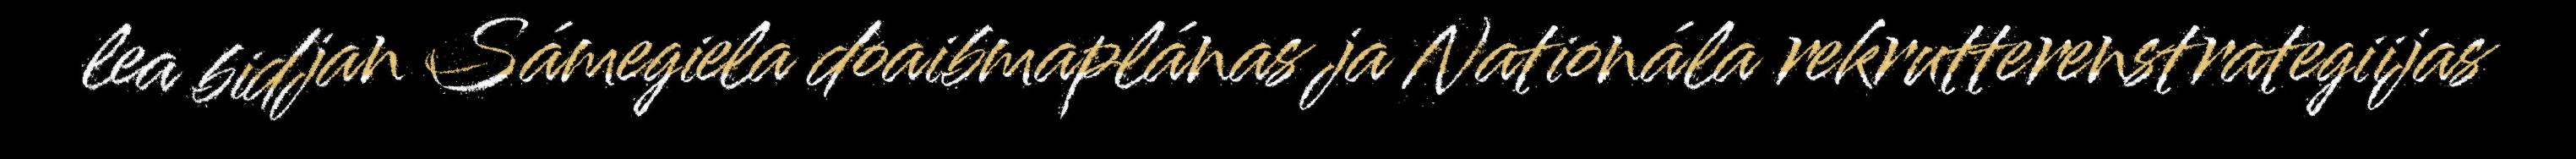
lea bidjan Sámegiela doaibmaplánas ja Nationála rekrutterenstrategiijas